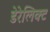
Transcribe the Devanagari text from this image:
डेरेलिक्ट